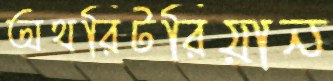
অথরিটরিয়ান